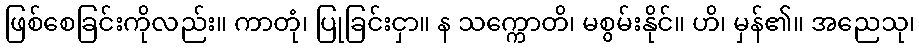
ဖြစ်စေခြင်းကိုလည်း။ ကာတုံ၊ ပြုခြင်းငှာ။ န သက္ကောတိ၊ မစွမ်းနိုင်။ ဟိ၊ မှန်၏။ အညေသု၊